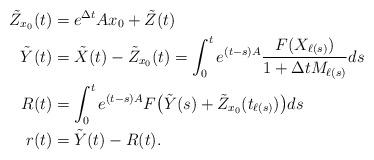
LaTeX: \begin{align*}\tilde{Z}_{x_0}(t)&=e^{\Delta t}Ax_0+\tilde{Z}(t)\\\tilde{Y}(t)&=\tilde{X}(t)-\tilde{Z}_{x_0}(t)=\int_0^te^{(t-s)A}\frac{F(X_{\ell(s)})}{1+\Delta tM_{\ell(s)}}ds\\R(t)&=\int_{0}^{t}e^{(t-s)A}F\bigl(\tilde{Y}(s)+\tilde{Z}_{x_0}(t_{\ell(s)})\bigr)ds\\r(t)&=\tilde{Y}(t)-R(t).\end{align*}